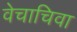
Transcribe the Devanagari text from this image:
वेचाचिवा